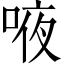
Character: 㖡